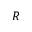
\boldsymbol { R }